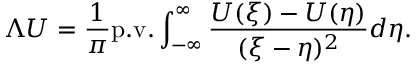
\Lambda U = \frac { 1 } { \pi } \mathrm { p . v . } \int _ { - \infty } ^ { \infty } \frac { U ( \xi ) - U ( \eta ) } { ( \xi - \eta ) ^ { 2 } } d \eta .